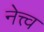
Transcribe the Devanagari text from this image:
नेत्त्व